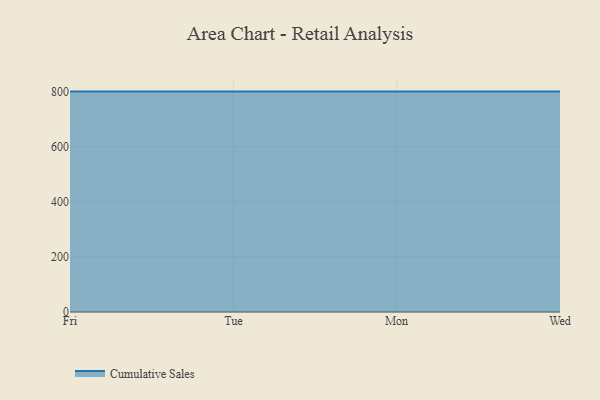
{"axis": {"x": "Day", "y": "Population (Million)"}, "legend": ["Cumulative Sales"], "data": [{"x": "Fri", "y": 800, "type": "Cumulative Sales"}, {"x": "Tue", "y": 800, "type": "Cumulative Sales"}, {"x": "Mon", "y": 800, "type": "Cumulative Sales"}, {"x": "Wed", "y": 800, "type": "Cumulative Sales"}]}